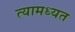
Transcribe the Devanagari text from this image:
त्यामध्यत